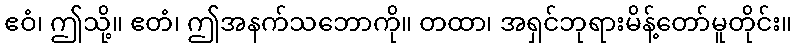
ဧဝံ၊ ဤသို့။ ဧတံ၊ ဤအနက်သဘောကို။ တထာ၊ အရှင်ဘုရားမိန့်တော်မူတိုင်း။